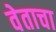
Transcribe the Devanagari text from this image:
वेताचा